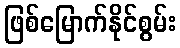
ဖြစ်မြောက်နိုင်စွမ်း